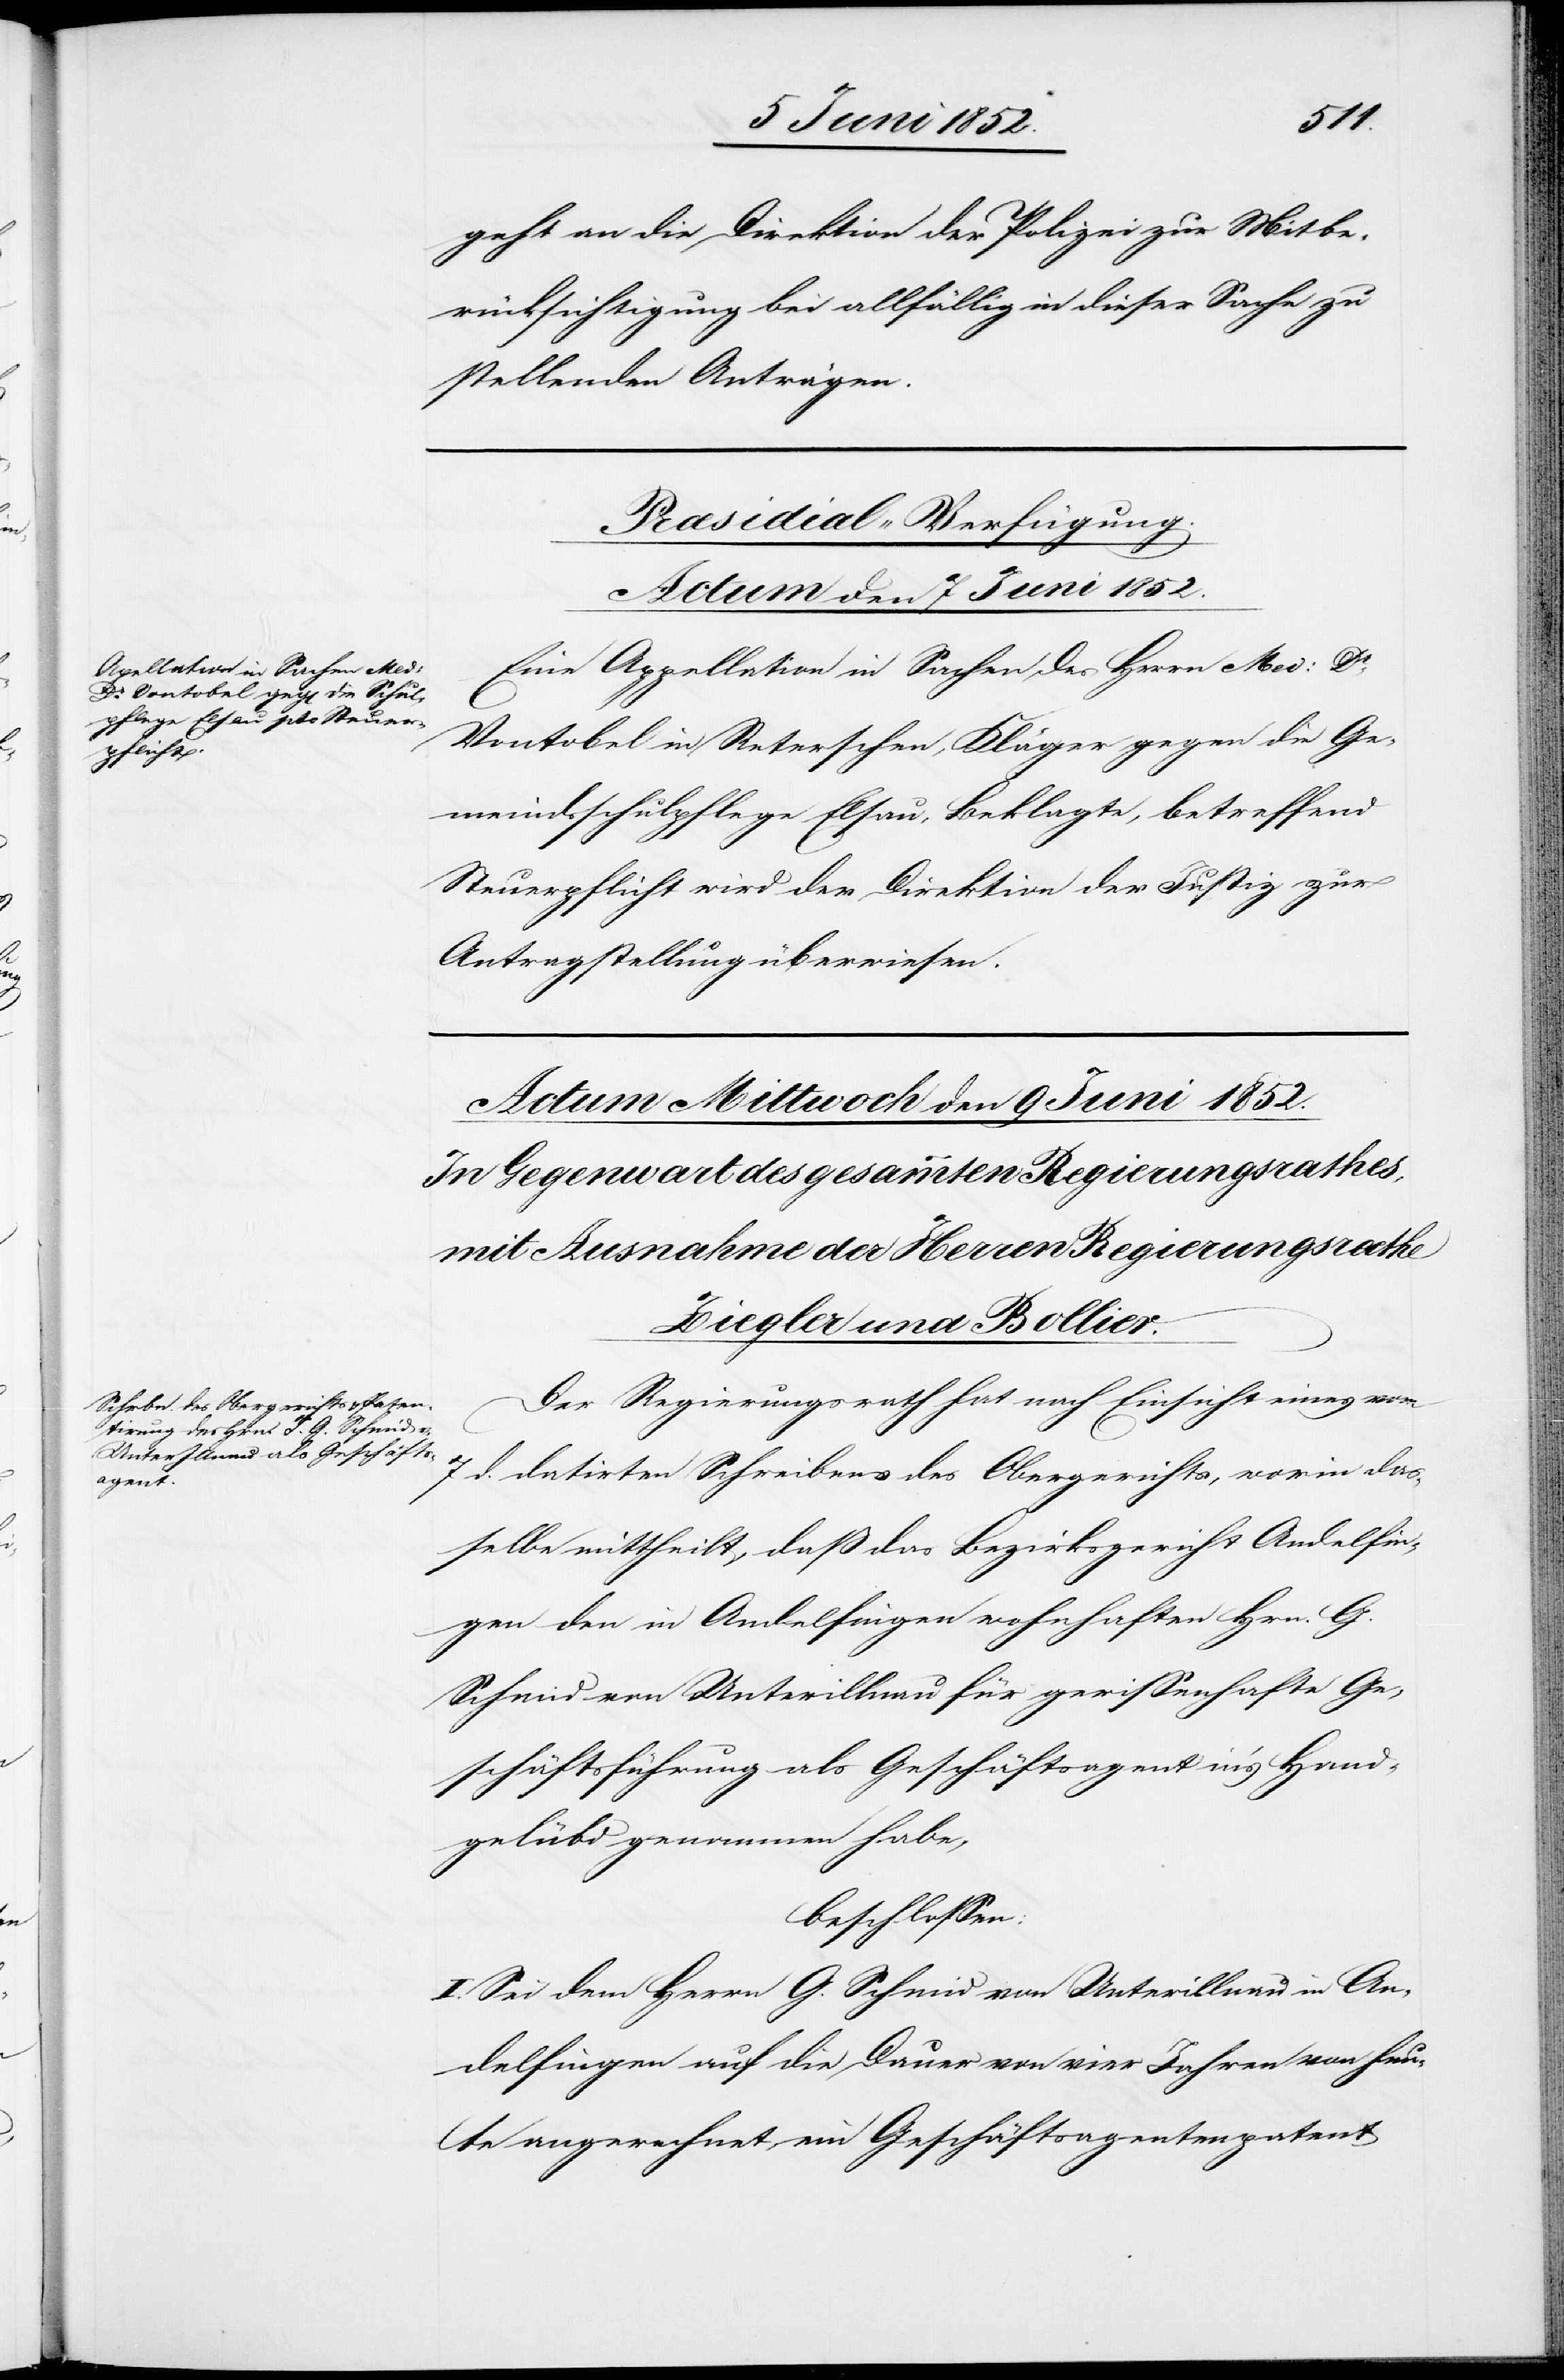
geht an die Direktion der Polizei zur Mitbe¬
rücksichtigung bei allfällig in dieser Sache zu
stellenden Anträgen.
Præsidial-Verfügung.
Actum den 7 Juni 1852.
Eine Appellation in Sachen des Herrn Med: Dr.
Vontobel in Reterschen, Kläger gegen die Ge¬
meindsschulpflege Elsau, Beklagte, betreffend
Steuerpflicht wird der Direktion der Justiz zur
Antragstellung überwiesen.
Der Regierungsrath hat nach Einsicht eines vom
d. datirten Schreibens des Obergerichts, worin das¬
selbe mittheilt, daß das Bezirksgericht Andelfin¬
gen den in Andelfingen wohnhaften Hrn. G.
Schmid von Unterillnau für gewissenhafte Ge¬
schäftsführung als Geschäftsagent in’s Hand¬
gelübd genommen habe,
beschlossen:
I. Sei dem Herrn G. Schmid von Unterillnau in An¬
delfingen auf die Dauer von vier Jahren von heu¬
te angerechnet ein Geschäftsagentenpatent